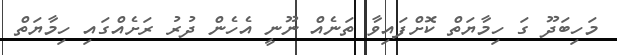
މަހިބަދޫ ގަ ހިމާޔަތް ކޮށްފައިވާ ތަނެއް ނޫނީ އެހެން ދުރު ރަށެއްގައި ހިމާޔަތް